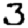
Digit: 3